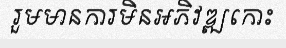
រួមមានការមិនអភិវឌ្ឍកោះ